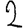
Digit: 2